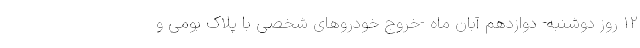
۱۲ روز دوشنبه- دوازدهم آبان ماه -خروج خودروهای شخصی با پلاک بومی و